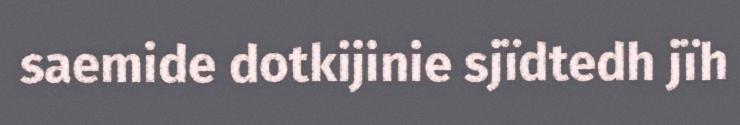
saemide dotkijinie sjïdtedh jïh